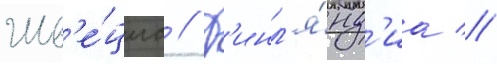
Шв'е́циа // Ф'инл'я́нд'иа //